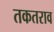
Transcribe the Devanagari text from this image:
तकतराव